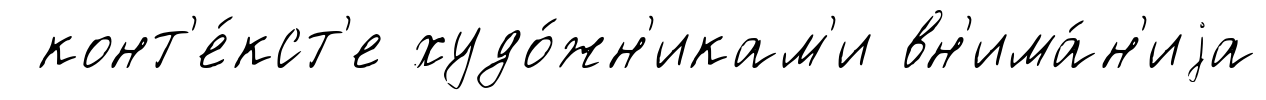
конт'е́кст'е худо́жн'икам'и вн'има́н'иjа